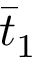
{ \bar { t } _ { 1 } }